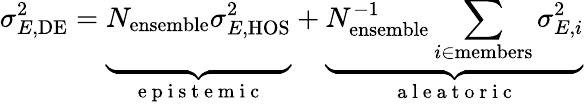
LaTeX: \sigma_{E,\mathrm{DE}}^{2}=\underbrace{\vphantom{\sum_{i\in\mathrm{members}}}N_{\mathrm{ensemble}}\sigma_{E,\mathrm{HOS}}^{2}}_{\mathrm{~e~p~i~s~t~e~m~i~c~}}+\underbrace{N_{\mathrm{ensemble}}^{-1}\sum_{i\in\mathrm{members}}\sigma_{E,i}^{2}}_{\mathrm{~a~l~e~a~t~o~r~i~c~}}